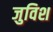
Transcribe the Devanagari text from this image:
जुविश